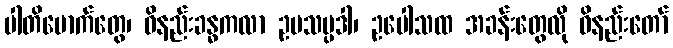
ပါတိမောက်တွေ၊ ဝိနည်းခန္ဓကလာ ဥပသမ္ပဒါ၊ ဥပေါသထ အခန်းတွေလို ဝိနည်းတော်